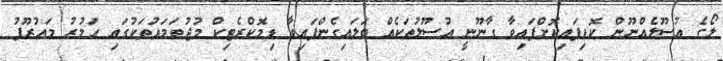
ލޯގެ އުސޫލެއްނޫން ކޮޑިފައިކޮށްފައިވާ ގާނޫނީ އުސޫލުތަކެއް ބަލައިގެންފައިވާ ޑިމޮކްރެޓިކް މުޖުތަމައުތަކުގައި އަމުރު މައުރޫފު